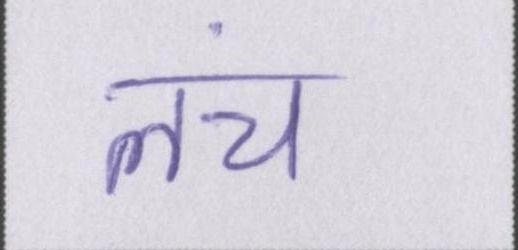
लंच